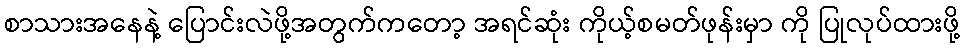
စာသားအနေနဲ့ ပြောင်းလဲဖို့အတွက်ကတော့ အရင်ဆုံး ကိုယ့်စမတ်ဖုန်းမှာ ကို ပြုလုပ်ထားဖို့